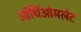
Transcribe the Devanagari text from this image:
ऑर्थिओमलेट